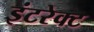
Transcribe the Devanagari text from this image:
इंटरेक्ट